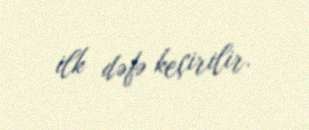
ilk dəfə keçirilir.